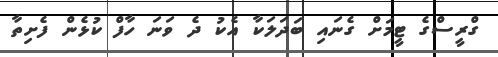
ގްރީސްގެ ޓީމަށް ގެނައި ބަދަލަކާ އެކު ދެ ވަނަ ހާފް ކުޅެން ފެށިތާ